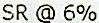
SR @ 6%